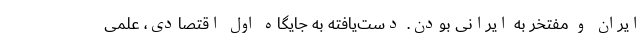
ایران و مفتخر به ایرانی بودن. دست‌یافته به جایگاه اول اقتصادی، علمی